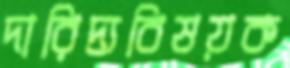
দারিদ্র্যবিষয়ক